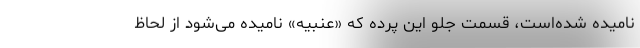
نامیده شده‌است، قسمت جلو این پرده که «عنبیه» نامیده می‌شود از لحاظ